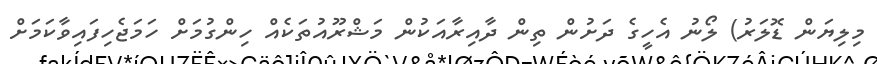
މިލިޔަން ޑޮލަރު) ލޯނު އެހީގެ ދަށުން ތިން ދާއިރާއަކުން މަޝްރޫއުތަކެއް ހިންގުމަށް ހަމަޖެހިފައިވާކަމަށް